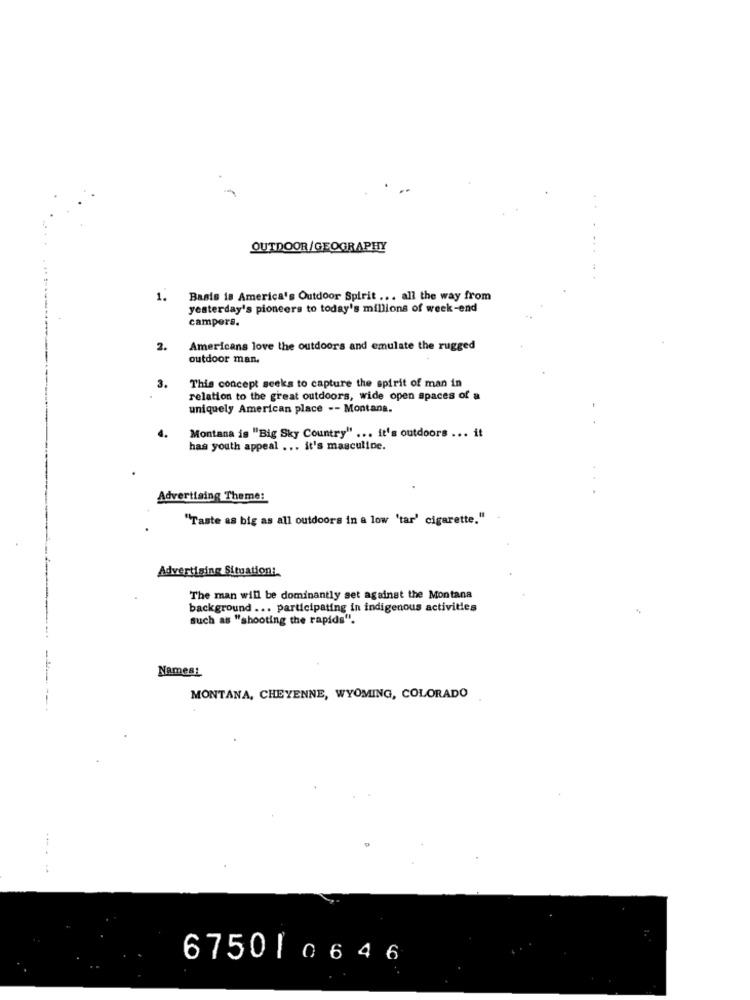
OUTDOOR/GEOGRAPHY
1.
Basis is America's Outdoor Spirit ... all the way from
yesterday's pioneers to today's millions of week-end
campers.
2.
Americans love the outdoors and emulate the rugged
outdoor man.
3.
This concept seeks to capture the spirit of man in
relation to the great outdoors, wide open spaces of a
uniquely American place -- Montana.
4.
Montana is "Big Sky Country" ... it's outdoors ... it
has youth appeal ... it's masculine.
Advertising Theme:
"Taste as big as all outdoors in a low 'tar' cigarette."
Advertising Situation:
The man will be dominantly set against the Montana
background ... participating in indigenous activities
such as "shooting the rapids".
Names!
MONTANA, CHEYENNE, WYOMING, COLORADO
.... .
67501 0 6 4 6